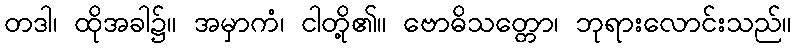
တဒါ၊ ထိုအခါ၌။ အမှာကံ၊ ငါတို့၏။ ဗောဓိသတ္တော၊ ဘုရားလောင်းသည်။